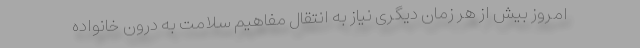
امروز بیش از هر زمان دیگری نیاز به انتقال مفاهیم سلامت به درون خانواده